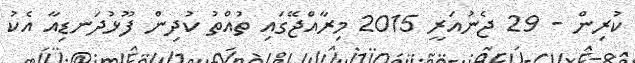
ކުރިން - 29 ޖެނުއަރީ 2015 މިރާއްޖޭގައި ތުއްތު ކުދިން ފޫޅުދަނޑިއާ އެކު